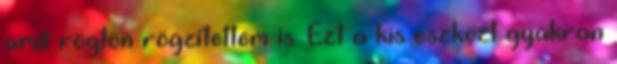
amit rögtön rögzítettem is. Ezt a kis eszközt gyakran